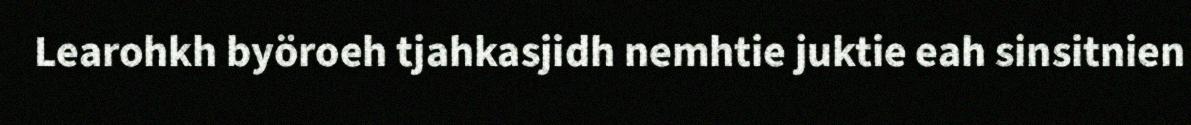
Learohkh byöroeh tjahkasjidh nemhtie juktie eah sinsitnien